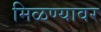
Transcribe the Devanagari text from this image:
मिळण्यावर